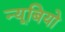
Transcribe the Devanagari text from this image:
न्यूबियो